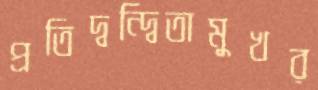
প্রতিদ্বন্দ্বিতামুখর